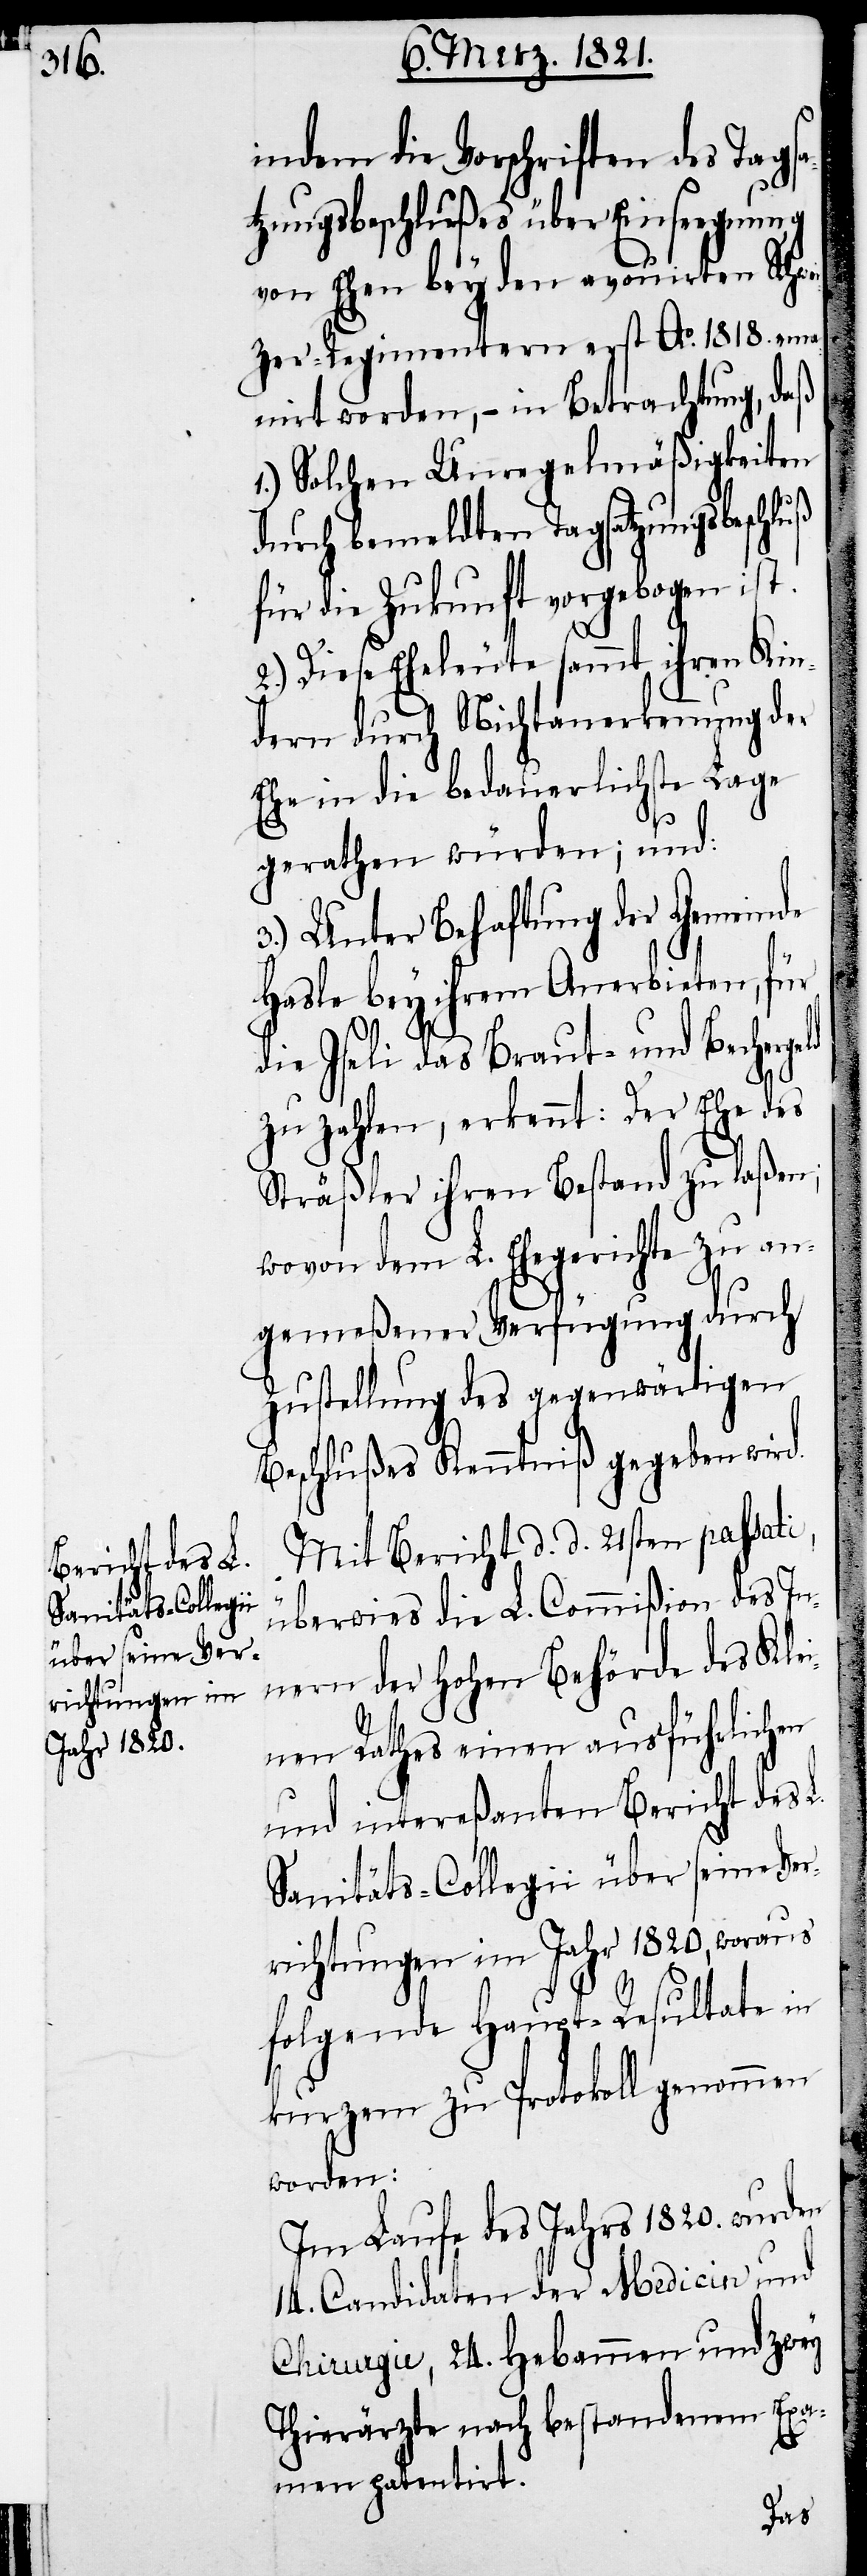
indem die Vorschriften des Tagsa¬
tzungsbeschlußes über Einseegnung
von Ehen bey den avouirten Schwe¬
izer-Regimentern erst Ao. 1818. ema¬
nirt worden, – in Betrachtung, daß
Solche Unregelmäßigkeiten
durch bemeldten Tagsatzungsbeschluß
für die Zukunft vorgebogen ist.
2.) Diese Eheleute sammt ihren Kin¬
dern durch Nichtanerkennung der
Ehe in die bedauerlichste Lage
gerathen würden; und:
3.) Unter Behaftung der Gemeinde
Hasle bey ihrem Anerbieten, für
die Iseli das Braut- und Becherge¬
zu zahlen, erkennt: Der Ehe des
Sträßler ihren Bestand zu laßen;
wovon dem L. Ehegerichte zu an¬
gemeßener Verfügung durch
Zustellung des gegenwärtigen
Beschlußes Kenntniß gegeben wird.
Mit Bericht d. d. 21sten passati,
überwies die L. Commißion des In¬
nern der hohen Behörde des Kle¬
inen Rathes einen ausführlichen
und intereßanten Bericht des L.
Sanitäts-Collegii über seine Ver¬
richtungen im Jahr 1820, woraus
folgende Haupt-Resultate in
kurzem zu Protokoll genommen
werden:
Im Lauf des Jahrs 1820. wurden
14. Candidaten der Medicin und
Chirurgie, 24. Hebammen und zwey
Thierärzte nach bestandenem Exa¬
men patentirt.
ld